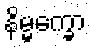
နိမ္မက္ခော